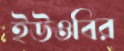
ইউওবির